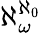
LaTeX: \aleph_{\omega}^{\aleph_{0}}